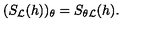
( S _ { \cal L } ( h ) ) _ { \theta } = S _ { \theta { \cal L } } ( h ) .